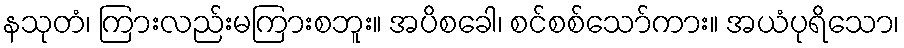
နသုတံ၊ ကြားလည်းမကြားစဘူး။ အပိစခေါ၊ စင်စစ်သော်ကား။ အယံပုရိသော၊